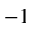
^ { - 1 }